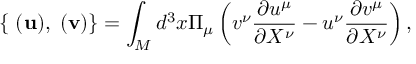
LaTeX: { } \{ { \bf \Pi } ( { \bf u } ) , { \bf \Pi } ( { \bf v } ) \} = \int _ { M } d ^ { 3 } x \Pi _ { \mu } \left( v ^ { \nu } \frac { \partial u ^ { \mu } } { \partial X ^ { \nu } } - u ^ { \nu } \frac { \partial v ^ { \mu } } { \partial X ^ { \nu } } \right) ,